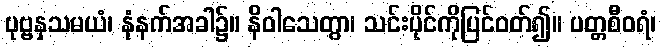
ပုဗ္ဗနှသမယံ၊ နံနက်အခါ၌။ နိဝါသေတွာ၊ သင်းပိုင်ကိုပြင်ဝတ်၍။ ပတ္တစီဝရံ၊